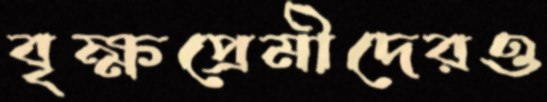
বৃক্ষপ্রেমীদেরও